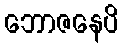
ဘောဇနေပိ